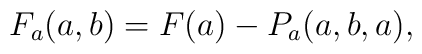
F_{a}(a,b)=F(a)-P_{a}(a,b,a),